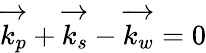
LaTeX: \overrightarrow{k_{p}}+\overrightarrow{k_{s}}-\overrightarrow{k_{w}}=0